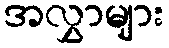
အလွှာများ